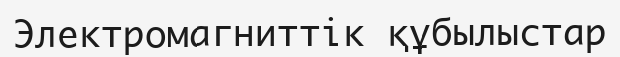
Электромагниттік құбылыстар